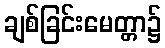
ချစ်ခြင်းမေတ္တာ၌